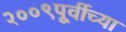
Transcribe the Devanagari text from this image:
२००९पूर्वीच्या